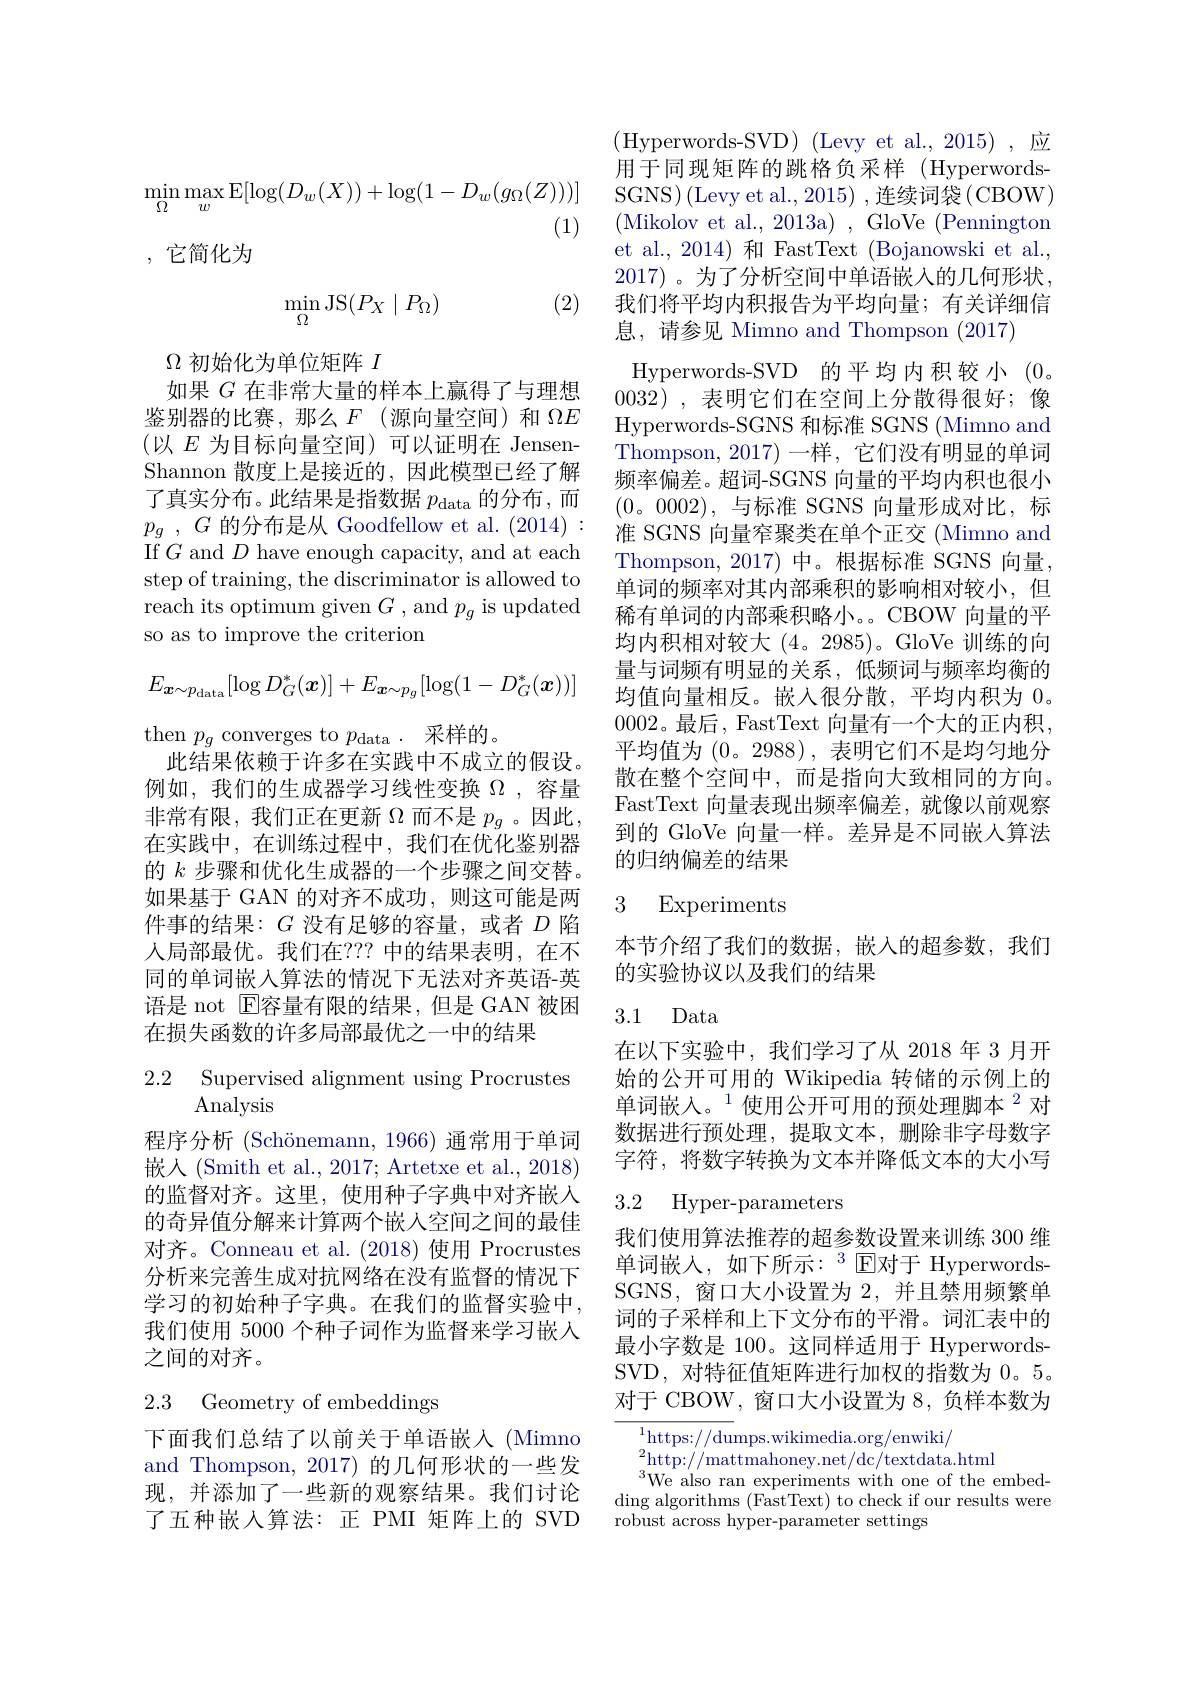
$$\min_{\Omega}\max_{w}\operatorname{E}[\log(D_{w}(X))+\log(1-D_{w}(g_{\Omega}(Z)))]$$
(1)
,它简化为

(2)
$$\min\limits_{\Omega}\mathrm{JS}(P_X\mid P_\Omega)$$
$\Omega$初始化为单位矩阵$I$
如果$G$在非常大量的样本上赢得了与理想鉴别器的比赛，那么$F$ (源向量空间)和$\Omega E$ (以 $E$ 为目标向量空间)可以证明在 JensenShannon 散度上是接近的，因此模型已经了解了真实分布。此结果是指数据$p_\mathrm{data}$的分布，而$p_{g}$ , $G$的分布是从 Goodfellow et al. (2014) : If$G$ and$D$ have enough capacity, and at each step of training, the discriminator is allowed to reach its optimum given $G$ , and $p_g$ is updated so as to improve the criterion
$$E_{\boldsymbol{x}\sim p_{\mathrm{data}}}[\log D_{G}^{*}(\boldsymbol{x})]+E_{\boldsymbol{x}\sim p_{g}}[\log(1-D_{G}^{*}(\boldsymbol{x}))]$$
then $p_g$ converges to $p_\mathrm{data}.$采样的。
此结果依赖于许多在实践中不成立的假设。例如，我们的生成器学习线性变换$\Omega$ ,容量非常有限，我们正在更新$\Omega$而不是$p_g$ 。因此， 在实践中，在训练过程中，我们在优化鉴别器的$k$步骤和优化生成器的一个步骤之间交替。如果基于 GAN 的对齐不成功，则这可能是两件事的结果：$G$没有足够的容量，或者$D$陷人局部最优。我们在？?? 中的结果表明，在不同的单词嵌入算法的情况下无法对齐英语-英语是 not $\mathbb{E}$容量有限的结果，但是 GAN 被困在损失函数的许多局部最优之一中的结果
$\begin{array}{ll}{2.2}&{{\mathrm{Supervised~alignment~using~Procrustes}}}\\{{\mathrm{Analysis}}}\end{array}$

程序分析 (Schönemann, 1966) 通常用于单词嵌入(Smith et al., 2017; Artetxe et al., 2018) 的监督对齐。这里，使用种子字典中对齐嵌入的奇异值分解来计算两个嵌人空间之间的最佳对齐。Conneau et al.(2018) 使用 Procrustes 分析来完善生成对抗网络在没有监督的情况下学习的初始种子字典。在我们的监督实验中， 我们使用 5000 个种子词作为监督来学习嵌人之间的对齐。

## 2.3 Geometry of embeddings

下面我们总结了以前关于单语嵌人(Mimno and Thompson, 2017) 的几何形状的一些发现，并添加了一些新的观察结果。我们讨论了五种嵌入算法：正 PMI 矩阵上的 SVD

(Hyperwords-SVD)(Levy et al.,2015),应用于同现矩阵的跳格负采样(HyperwordsSGNS$) \left ( \mathrm{Levy~et~al. , 2015}\right ) $,连续词袋$\left(\mathrm{CBOW}\right)$ (Mikolov et al., 2013a) , GloVe (Pennington et al., 2014) 和 FastText (Bojanowski et al., 2017)。为了分析空间中单语嵌入的几何形状。我们将平均内积报告为平均向量；有关详细信息，请参见 Mimno and Thompson (2017)
Hyperwords- SVD 的平均内积较小 (0。0032),表明它们在空间上分散得很好；像Hyperwords-SGNS 和标准 SGNS (Mimno and Thompson, 2017)一样，它们没有明显的单词频率偏差。超词-SGNS 向量的平均内积也很小(0。0002),与标准 SGNS 向量形成对比，标准 SGNS 向量窄聚类在单个正交 (Mimno and Thompson, 2017)中。根据标准 SGNS 向量， 单词的频率对其内部乘积的影响相对较小，但稀有单词的内部乘积略小。。CBOW 向量的平均内积相对较大(4。2985)。GloVe 训练的向量与词频有明显的关系，低频词与频率均衡的均值向量相反。嵌入很分散，平均内积为0。0002。最后，FastText 向量有一个大的正内积， 平均值为(0。2988), 表明它们不是均匀地分散在整个空间中，而是指向大致相同的方向。FastText 向量表现出频率偏差，就像以前观察到的 GloVe 向量一样。差异是不同嵌入算法的归纳偏差的结果

## 3 Experiments

本节介绍了我们的数据，嵌入的超参数，我们
的实验协议以及我们的结果

# 3.1 Data

在以下实验中，我们学习了从 2018 年 3 月开始的公开可用的 Wikipedia 转储的示例上的单词嵌入。$^{1}$使用公开可用的预处理脚本$^{2}$对数据进行预处理，提取文本，删除非字母数字字符，将数字转换为文本并降低文本的大小写

## 3.2 Hyper-parameters

我们使用算法推荐的超参数设置来训练 300 维单词嵌人，如下所示：$^3$E对于 HyperwordsSGNS,窗口大小设置为2，并且禁用频繁单词的子采样和上下文分布的平滑。词汇表中的最小字数是 100。这同样适用于 HyperwordsSVD,对特征值矩阵进行加权的指数为0。5。对于 CBOW, 窗口大小设置为 8, 负样本数为

$^{1}$https://dumps.wikimedia.org/enwiki/
${}^{2}{\mathrm{http://mattmahoney.net/dc/textdata.html}}$
$^{3}$We also ran experiments with one of the embed- $\operatorname{ding}$ algorithms (FastText) to check if our results were robust across hyper-parameter settings